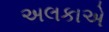
અલકાએ